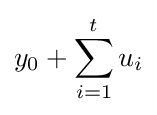
y_{0}+\sum _{i=1}^{t}u_{i}